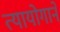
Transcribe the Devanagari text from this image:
त्यायोगाने